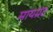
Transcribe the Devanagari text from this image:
मायग्रंट